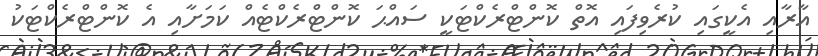
އާރާއި އެކީގައި ކުރެވިފައި އޮތް ކޮންޓްރެކްޓަކީ ސައްޙަ ކޮންޓްރެކްޓެއް ކަމަށާއި އެ ކޮންޓްރެކްޓަކު